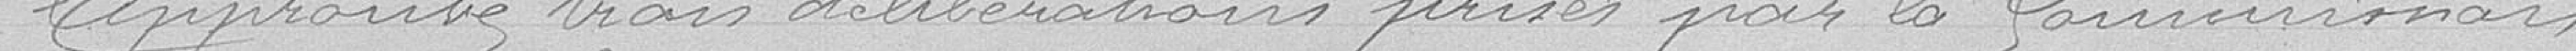
Approuve trois délibérations prises par la Commission